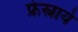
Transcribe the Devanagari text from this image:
फ्रेस्नाये